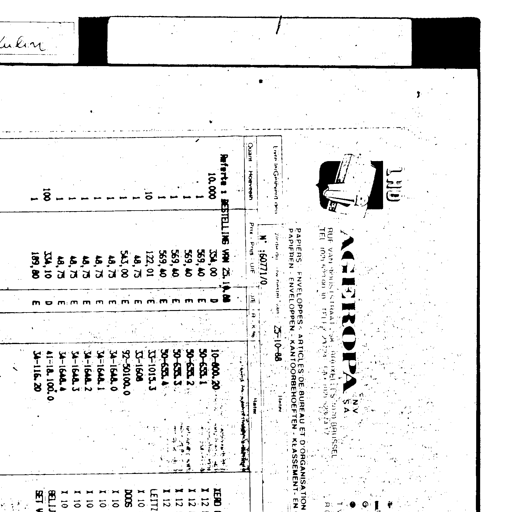
LHO
Lulin
AGEROPA NV SA
RUE VAN HOORSTRAT 24 BRUXELLES 1070 BRUSSEL
TEL (02) 521 00 10 TELEX 25724 FAX (02) 520 23 17
PAPIERS - ENVELOPPES - ARTICLES DE BUREAU ET D'ORGANISATION
PAPIEREN - ENVELOPPEN - KANTOORBEHOEFTEN - KLASSEMENT - EN
Livré le / Geleverd op
Votre réf / Uw referte van
25-10-88
Notre / Onze
N° : 60771/0
Quant - Hoeveelh
Prix - Prijs - Uit
Art. n°
Matière
Referte : BESTELLING VAN 25.10.88
10.000
354,00 D
10-800.20
XERO
1
569,40 E
50-633.1
X 12
1
569,40 E
50-633.2
X 12
1
569,40 E
50-633.3
X 12
1
569,40 E
50-633.4
X 12
10
122,01 E
33-1013.3
LEITZ
1
48,75 E
33-1608
X 10
1
543,00 E
92-50100.0
DOOS
1
48,75 E
34-1648.0
X 10
1
48,75 E
34-1648.1
X 10
1
48,75 E
34-1648.2
X 10
1
48,75 E
34-1648.3
X 10
1
48,75 E
34-1648.4
X 10
100
334,10 D
41-18.100.0
BELJ
1
189,80 E
34-116.20
SET V